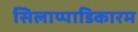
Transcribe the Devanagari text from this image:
सिलाप्पाडिकारम